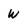
Character: w